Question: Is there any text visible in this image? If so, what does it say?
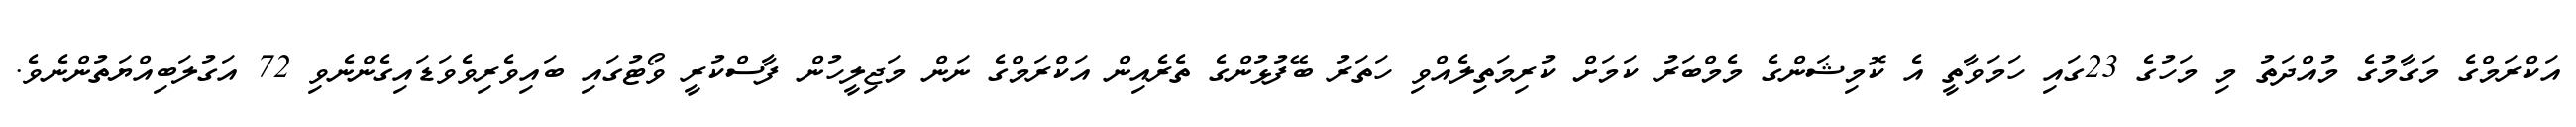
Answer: އަކްރަމްގެ މަގާމުގެ މުއްދަތު މި މަހުގެ 23ގައި ހަމަވާތީ އެ ކޮމިޝަންގެ މެމްބަރު ކަމަށް ކުރިމަތިލެއްވި ހަތަރު ބޭފުޅުންގެ ތެރެއިން އަކްރަމްގެ ނަން މަޖިލީހުން ފާސްކުރީ ވޯޓުގައި ބައިވެރިވެވަޑައިގެންނެވި 72 އަގުލަބިއްޔަތުންނެވެ.